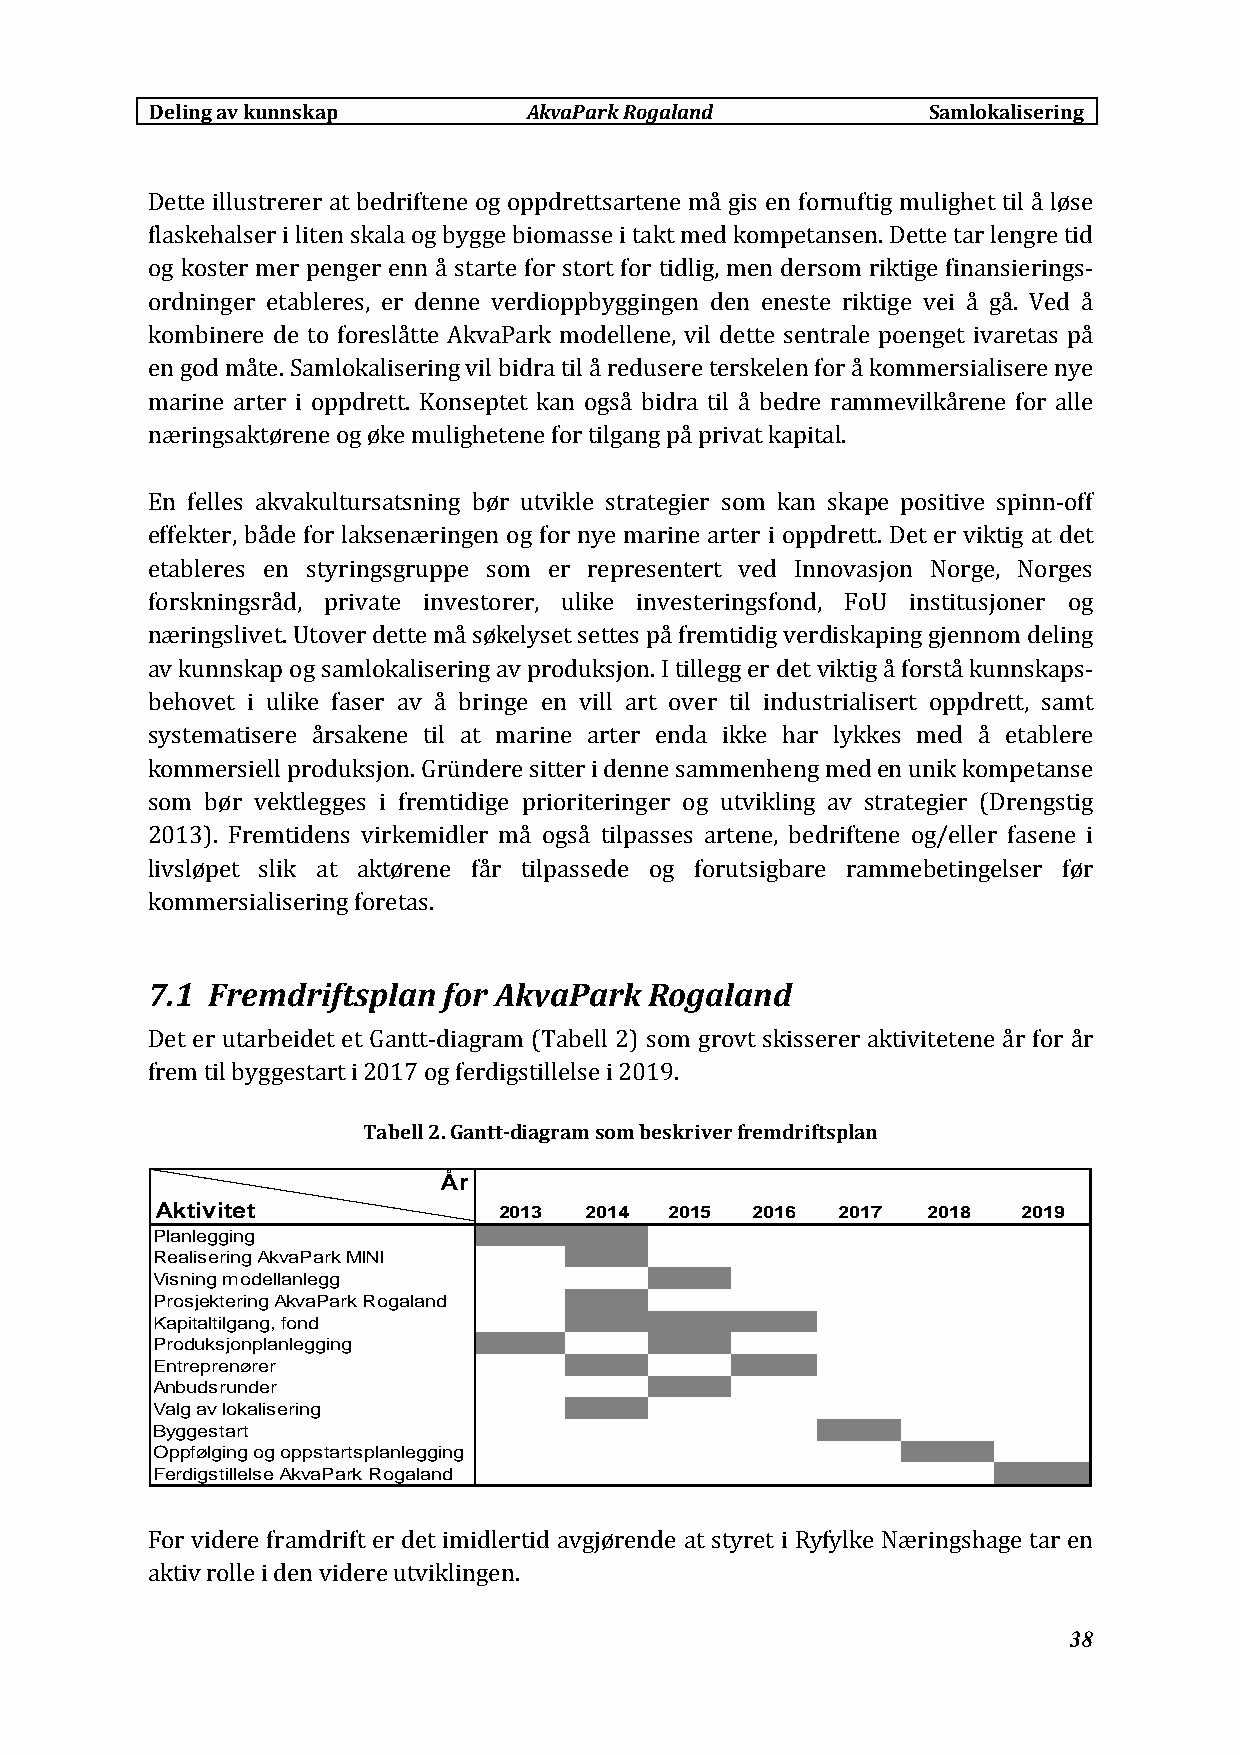
Deling av kunnskap       AkvaParkRogaland          Samlokalisering
 Dette illustrerer at bedriftene og oppdrettsartene må gis en fornuftig mulighet til å løse
 flaskehalser i liten skala og bygge biomasse i takt med kompetansen. Dette tar lengre tid
 og koster mer penger enn å starte for stort for tidlig, men dersom riktige finansierings‐
 ordninger etableres, er denne verdioppbyggingen den eneste riktige vei å gå. Ved å
 kombinere de to foreslåtte AkvaPark modellene, vil dette sentrale poenget ivaretas på
 en god måte. Samlokalisering vil bidra til å redusere terskelen for å kommersialisere nye
 marine arter i oppdrett. Konseptet kan også bidra til å bedre rammevilkårene for alle
 næringsaktørene og øke mulighetene for tilgang på privat kapital.
 En felles akvakultursatsning bør utvikle strategier som kan skape positive spinn‐off
 effekter, både for laksenæringen og for nye marine arter i oppdrett. Det er viktig at det
 etableres en styringsgruppe som er representert ved Innovasjon Norge, Norges
 forskningsråd, private investorer, ulike investeringsfond, FoU institusjoner og
 næringslivet. Utover dette må søkelyset settes på fremtidig verdiskaping gjennom deling
 av kunnskap og samlokalisering av produksjon. I tillegg er det viktig å forstå kunnskaps‐
 behovet i ulike faser av å bringe en vill art over til industrialisert oppdrett, samt
 systematisere årsakene til at marine arter enda ikke har lykkes med å etablere
 kommersiell produksjon. Gründere sitter i denne sammenheng med en unik kompetanse
 som bør vektlegges i fremtidige prioriteringer og utvikling av strategier (Drengstig
 2013). Fremtidens virkemidler må også tilpasses artene, bedriftene og/eller fasene i
 livsløpet slik at aktørene får tilpassede og forutsigbare rammebetingelser før
 kommersialisering foretas.
 7.1 Fremdriftsplan for AkvaPark  Rogaland
 Det er utarbeidet et Gantt‐diagram (Tabell 2) som grovt skisserer aktivitetene år for år
 frem til byggestart i 2017 og ferdigstillelse i 2019.
 Tabell 2. Gantt‐diagram som beskriver fremdriftsplan
 År
 Aktivitet              2013  2014 2015  2016 2017  2018   2019
 Planlegging
 Realisering AkvaPark MINI
 Visning modellanlegg
 Prosjektering AkvaPark Rogaland
 Kapitaltilgang, fond
 Produksjonplanlegging
 Entreprenører
 Anbudsrunder
 Valg av lokalisering
 Byggestart
 Oppfølging og oppstartsplanlegging
 Ferdigstillelse AkvaPark Rogaland
 For videre framdrift er det imidlertid avgjørende at styret i Ryfylke Næringshage tar en
 aktiv rolle i den videre utviklingen.
 38